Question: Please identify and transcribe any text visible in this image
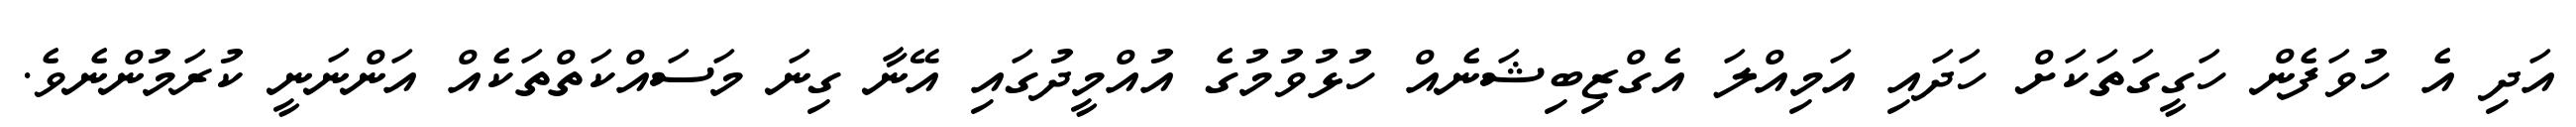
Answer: އަދި އެ ހުވަފެން ހަގީގަތަކަށް ހަދައި އަމިއްލަ އެގްޒިބިޝަނެއް ހުޅުވުމުގެ އުއްމީދުގައި އޭނާ ގިނަ މަސައްކަތްތަކެއް އަންނަނީ ކުރަމުންނެވެ.